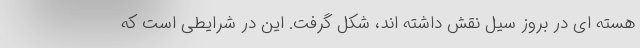
هسته ای در بروز سیل نقش داشته اند، شکل گرفت. این در شرایطی است که